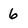
Character: 6